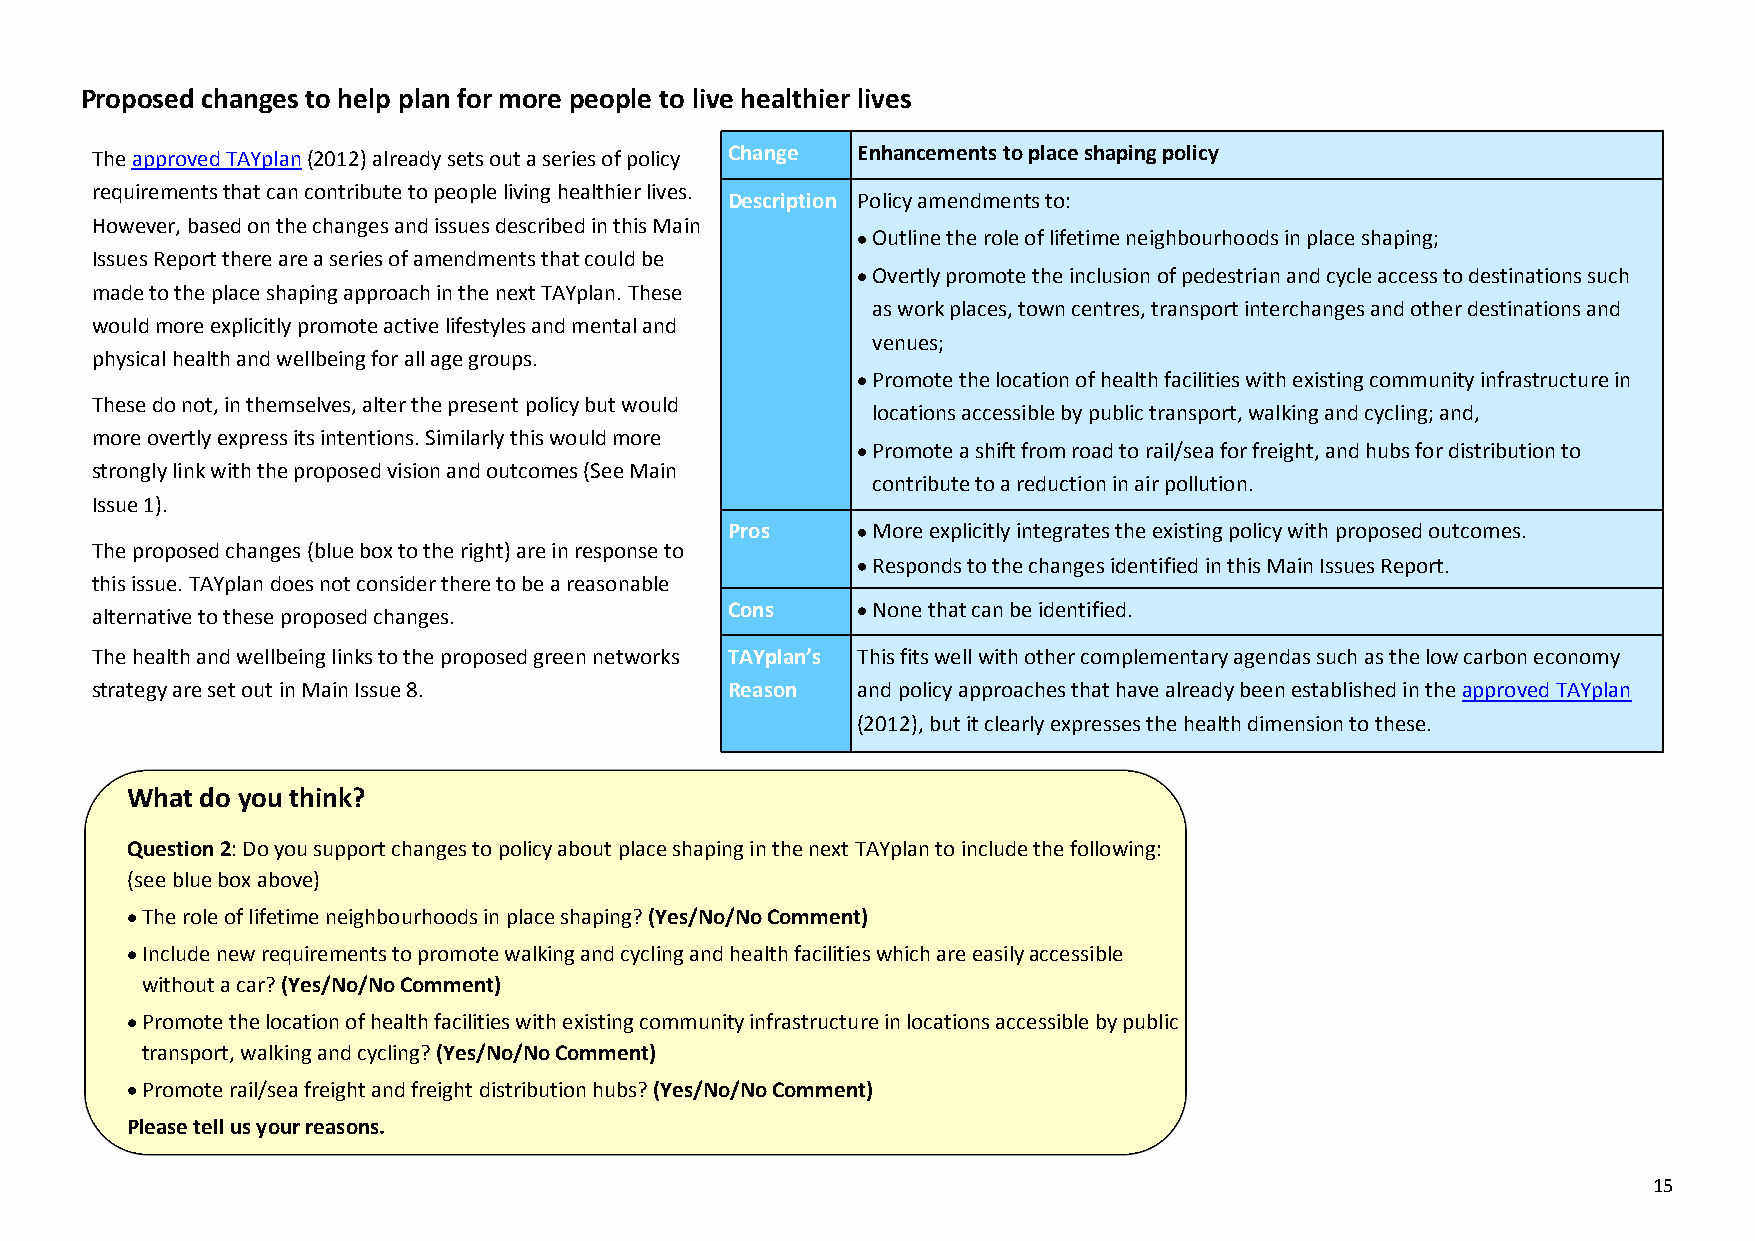
Proposed changes to help plan for more people to live healthier lives
 The approved TAYplan (2012) already sets out a series of policy Change Enhancements to place shaping policy
 requirements that can contribute to people living healthier lives.
 Description Policy amendments to:
 However, based on the changes and issues described in this Main
 Outline the role of lifetime neighbourhoods in place shaping;
 Issues Report there are a series of amendments that could be
 Overtly promote the inclusion of pedestrian and cycle access to destinations such
 made to the place shaping approach in the next TAYplan. These
 as work places, town centres, transport interchanges and other destinations and
 would more explicitly promote active lifestyles and mental and
 venues;
 physical health and wellbeing for all age groups.
 Promote the location of health facilities with existing community infrastructure in
 These do not, in themselves, alter the present policy but would
 locations accessible by public transport, walking and cycling; and,
 more overtly express its intentions. Similarly this would more
 Promote a shift from road to rail/sea for freight, and hubs for distribution to
 strongly link with the proposed vision and outcomes (See Main
 contribute to a reduction in air pollution.
 Issue 1).
 Pros      More explicitly integrates the existing policy with proposed outcomes.
 The proposed changes (blue box to the right) are in response to
 Responds to the changes identified in this Main Issues Report.
 this issue. TAYplan does not consider there to be a reasonable
 Cons      None that can be identified.
 alternative to these proposed changes.
 The health and wellbeing links to the proposed green networks TAYplan’s This fits well with other complementary agendas such as the low carbon economy
 strategy are set out in Main Issue 8.     Reason   and policy approaches that have already been established in the approved TAYplan
 (2012), but it clearly expresses the health dimension to these.
 What do you think?
 Question 2: Do you support changes to policy about place shaping in the next TAYplan to include the following:
 (see blue box above)
 The role of lifetime neighbourhoods in place shaping? (Yes/No/No Comment)
 Include new requirements to promote walking and cycling and health facilities which are easily accessible
 without a car? (Yes/No/No Comment)
 Promote the location of health facilities with existing community infrastructure in locations accessible by public
 transport, walking and cycling? (Yes/No/No Comment)
 Promote rail/sea freight and freight distribution hubs? (Yes/No/No Comment)
 Please tell us your reasons.
 15